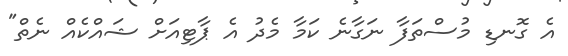
އެ ގޮނޑި މުސްތަފާ ނަގާނެ ކަމާ މެދު އެ ޕާޓިއަށް ޝައްކެއް ނެތް"